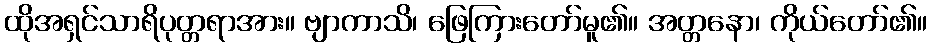
ထိုအရှင်သာရိပုတ္တရာအား။ ဗျာကာသိ၊ ဖြေကြားတော်မူ၏။ အတ္တနော၊ ကိုယ်တော်၏။